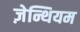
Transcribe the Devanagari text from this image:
ज़ेन्थियम